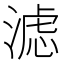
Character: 滤